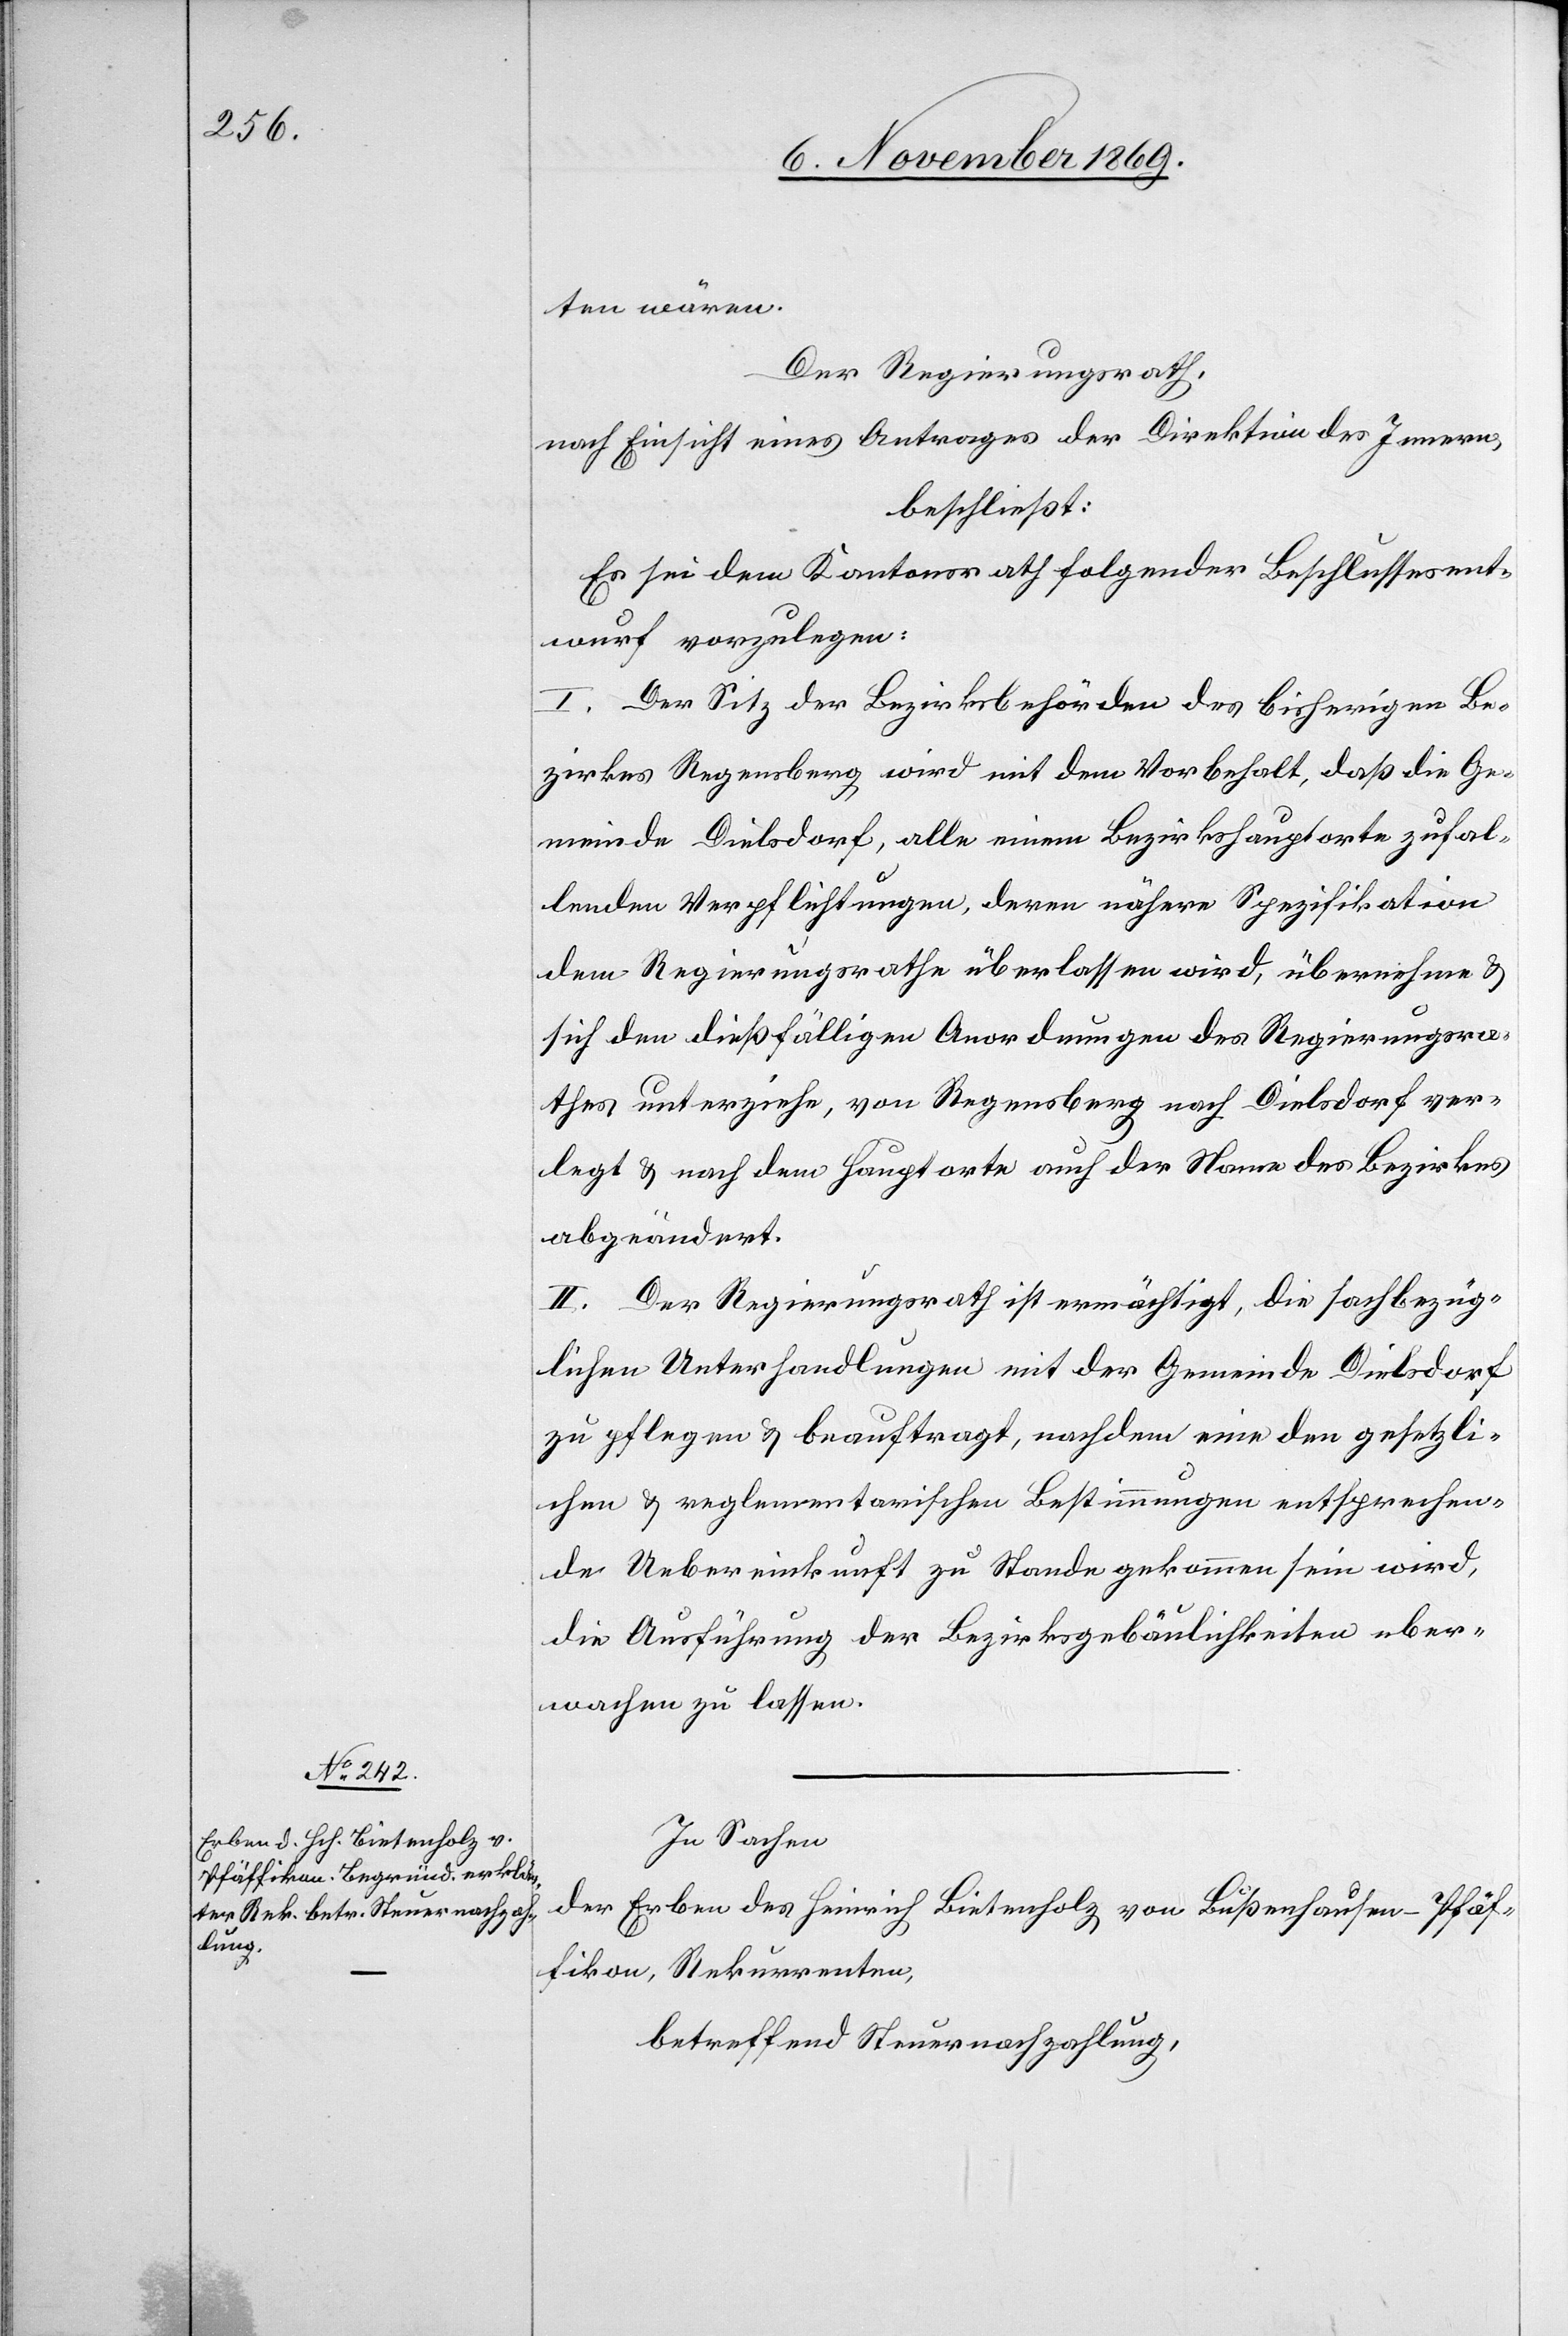
ten wären.
Der Regierungsrath,
nach Einsicht eines Antrages der Direktion des Innern,
beschließt:
Es sei dem Kantonsrath folgender Beschlussesent¬
wurf vorzulegen:
I. Der Sitz der Bezirksbehörden des bisherigen Be¬
zirkes Regensberg wird mit dem Vorbehalt, daß die Ge¬
meinde Dielsdorf, alle einem Bezirkshauptorte zufal¬
lenden Verpflichtungen, deren nähere Spezifikation
dem Regierungsrathe überlassen wird, übernehme &
sich den dießfälligen Anordnungen des Regierungsra¬
thes unterziehe, von Regensberg nach Dielsdorf ver¬
legt & nach dem Hauptorte auch der Name des Bezirkes
abgeändert.
II. Der Regierungsrath ist ermächtigt, die sachbezüg¬
lichen Unterhandlungen mit der Gemeinde Dielsdorf
zu pflegen & beauftragt, nachdem eine den gesetzli¬
chen & reglementarischen Bestimmungen entsprechen¬
de Uebereinkunft zu Stande gekommen sein wird,
die Ausführung der Bezirksgebäulichkeiten über¬
wachen zu lassen.
In Sachen
der Erben des Heinrich Bietenholz von Bußenhausen - Pfäf¬
fikon, Rekurrenten,
betreffend Steuernachzahlung,